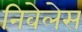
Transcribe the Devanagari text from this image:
निवेलेस